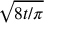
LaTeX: \sqrt { 8 t / \pi }